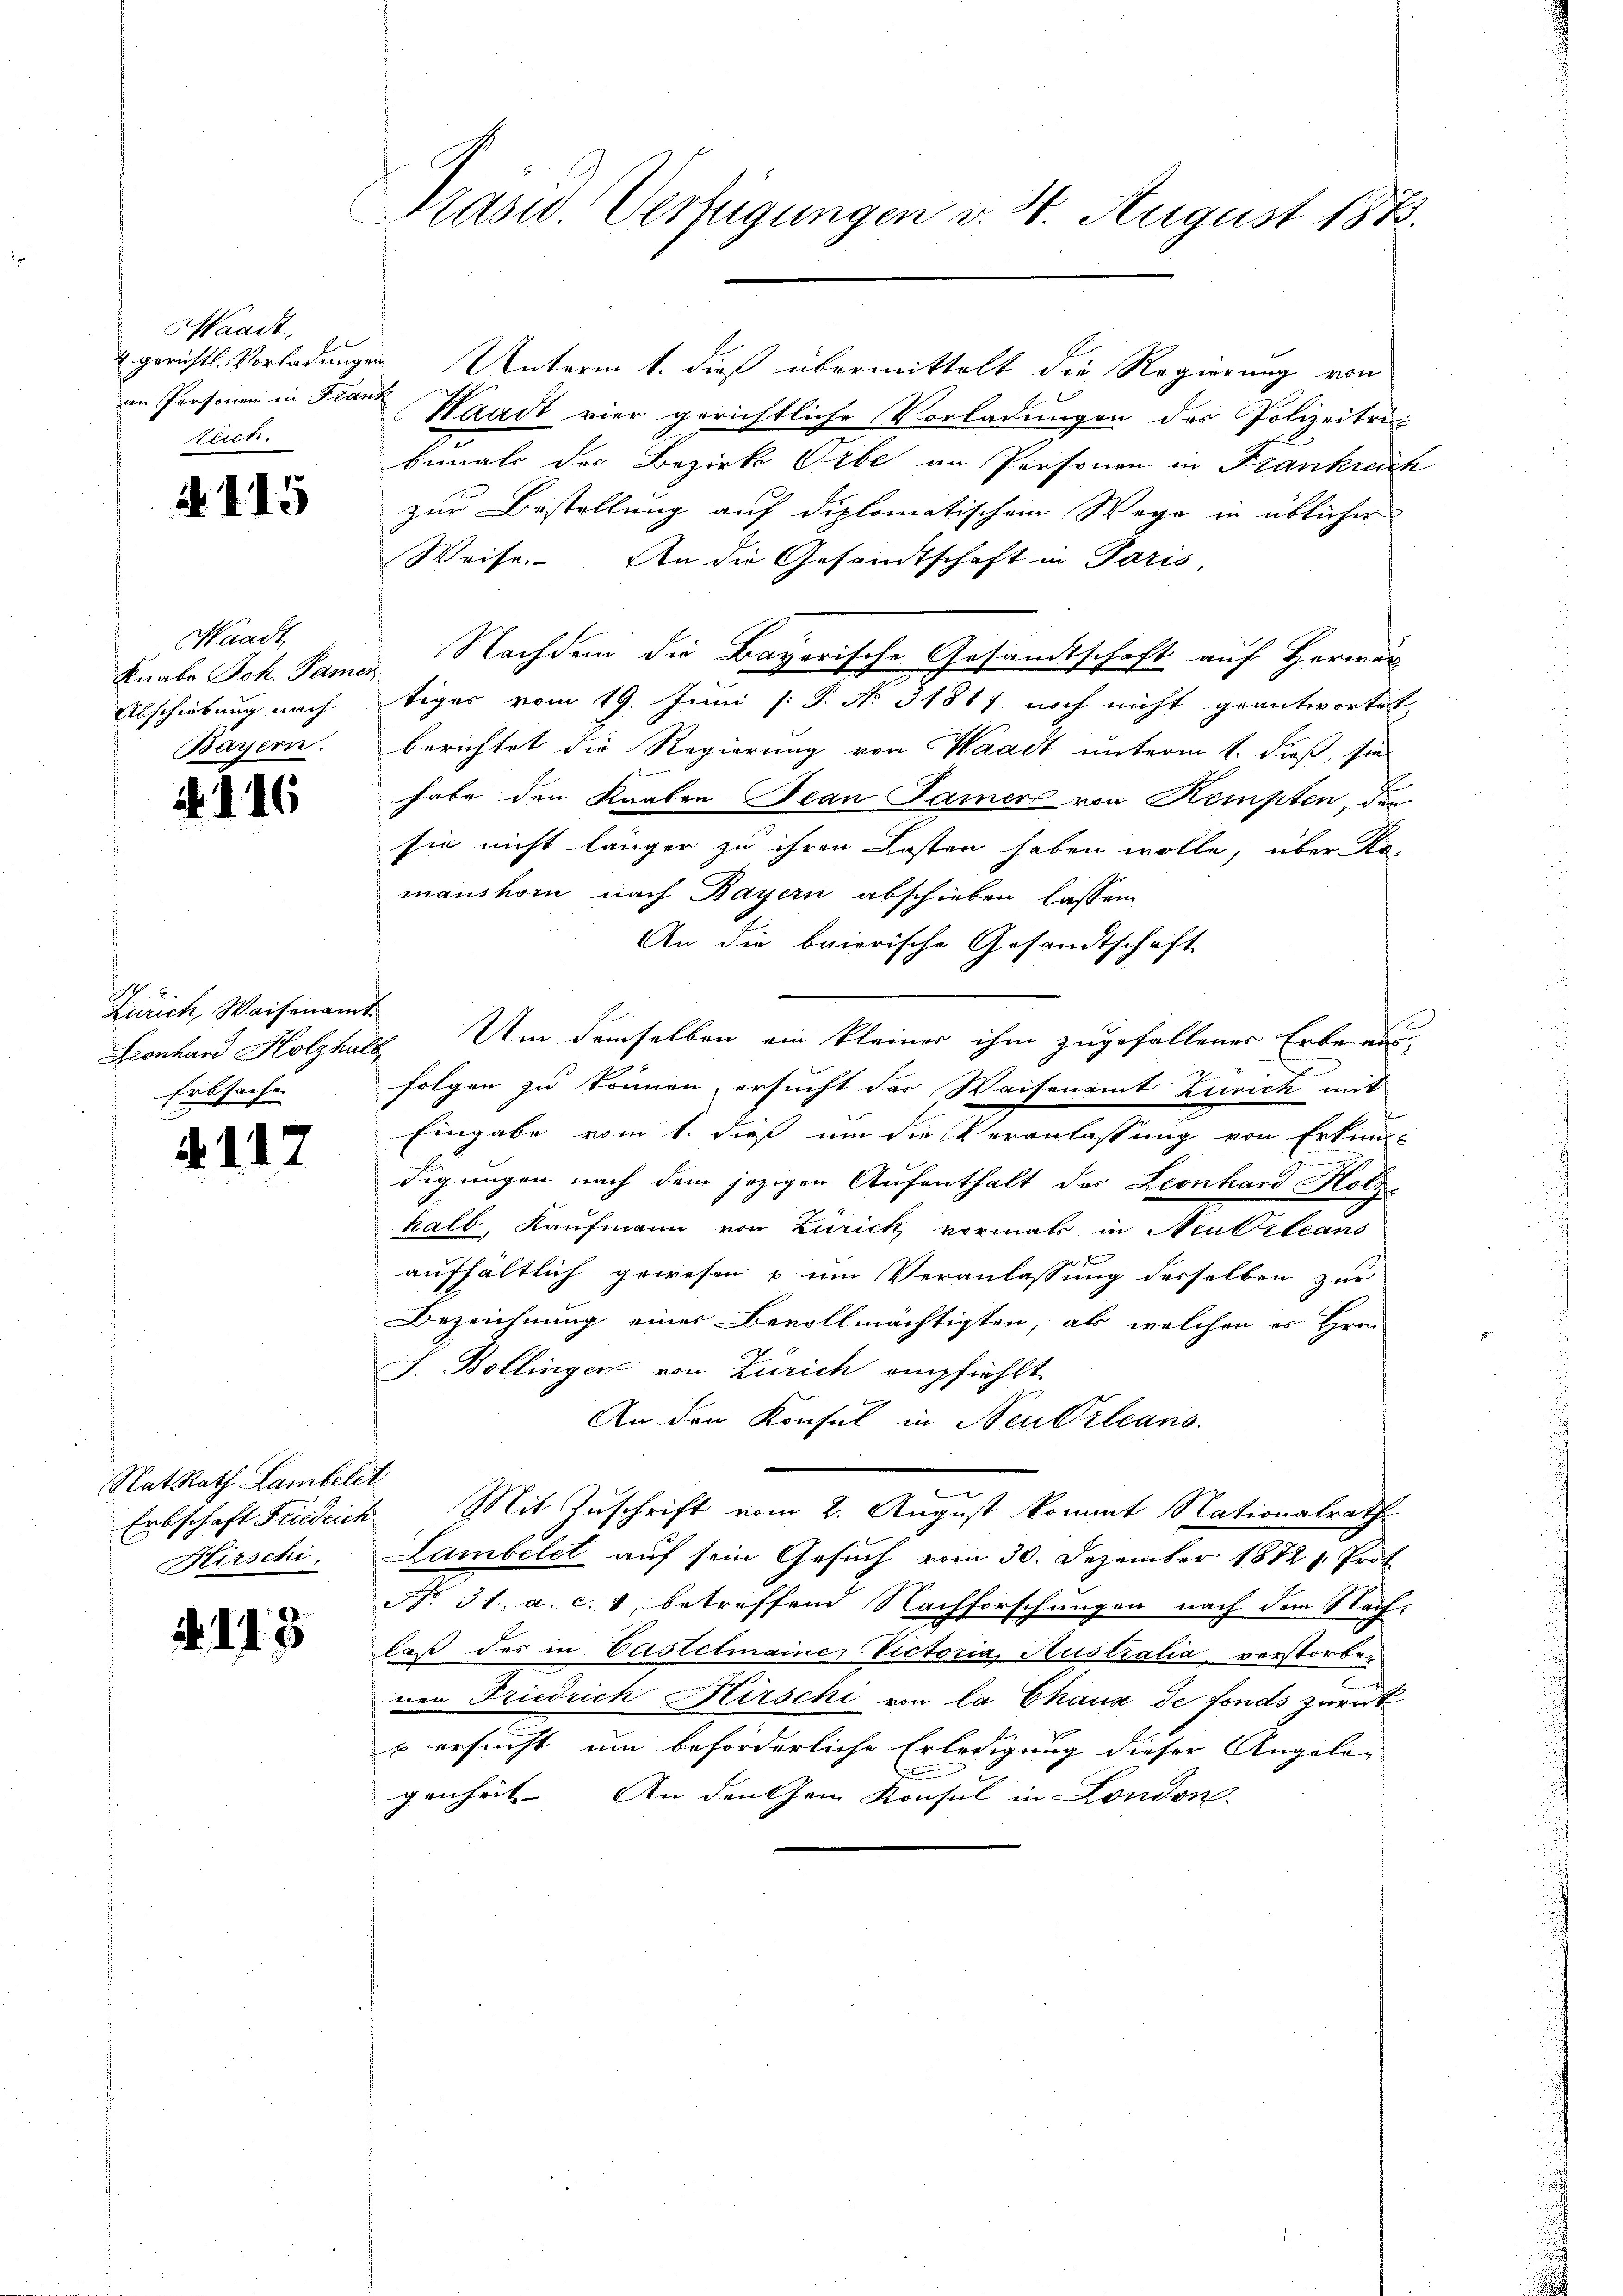
Waadt,
teich.

N 115

Waadt
Knabe Joh. Pamer
Abschiebung nach
Bayern.

146

1
Zürich, Waisenamt
Erbsache

. 11.

N. 113

Rat Rath Lambelt
Erbschaft Fideich
Hirschi.

Präsid. Verfügungen v. 4. August 1873.

4 gerichts Vorladungen Unterm 1. dieß übermittelt die Regierung von
an Personen in Franz Waadt vier gerichtliche Vorladungen der Polizeitrit
bemals der Bezirk Orbe an Personen in Frankreich
zur Bestellung auf diplomatischem Wege in üblicher
Weise. An die Gesandtschaft in Paris,
Nachdem die Bayerische Gesandtschaft auf Herren
tiger vom 19. Juni [: P. No 31817 noch nicht geantwortet,
berichtet die Regierung von Waadt unterm 1. dieß, sie
habe den Knaben Jean Jamer von Kempten, der
sie nicht länger zu ihren Kosten haben wolle, über Ro-
manshorn nach Bayern abschieben lassen
An die baierische Gesandtschaft
Leonhard Holzhals. Um demselben ein kleiner ihm zugefallener Erbe aus-
e

folgen zu können, ersucht das Waisenamt Zürich mit
Eingabe vom 1. dieß um die Veranlassung von Erkun-
digungen nach dem jezigen Aufenthalt des Leonhard Holzhalb, Kaufmann von Zürich vormals in Neubileans
aufhältlich gewesen u. um Veranlassung desselben zur
Bezeichnung einer Bevollmächtigten, als welchen es Hrn.
J. Bollingen von Zürich empfiehlt.
An den Konsul in Neu Orleans
Mit Zuschrift vom 2. August kommt Nationalrath
Lambélet auf sein Gesuch vom 30. Dezember 1872 1. Prof.
No 31. a. c. 8, betreffend Nachforschungen nach dem Nach-
laß des in Castetmainer Victoria, Austratia vorstorben
nen Friedrich Hirschi von la Chaux de fonds zurück
p ersucht um beförderliche Erledigung dieser Angela-
genheit. An den an Konsul in London